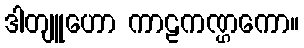
ဒါတျူဟော ကာဠကဏ္ဌကော။